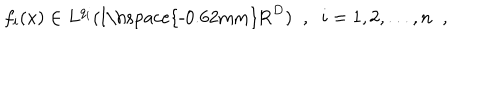
LaTeX: f _ { i } ( x ) \in L ^ { q _ { i } } ( \mathrm { I \hspace { - 0 . 6 2 m m } R } ^ { D } ) \; \; , \; \; i = 1 , 2 , . . . , n \; \; ,